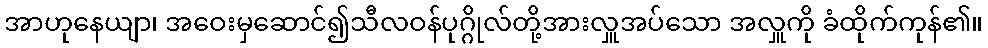
အာဟုနေယျာ၊ အဝေးမှဆောင်၍သီလဝန်ပုဂ္ဂိုလ်တို့အားလှူအပ်သော အလှူကို ခံထိုက်ကုန်၏။